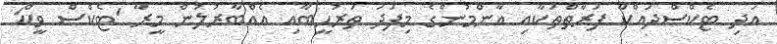
އަދި ޓެކްސްދައްކާ ފަރާތްތަކާއި އާންމުންގެ މިފަދަ ތަރުހީބާއި އެއްބާރުލުން މީރާ 'ޓެކްސް ވީކް'